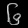
Digit: ၆